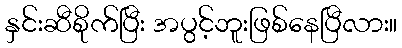
နှင်းဆီစိုက်ပြီး အပွင့်ဘူးဖြစ်နေပြီလား။